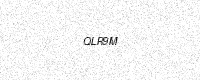
Text: QLR9M